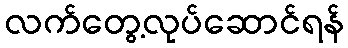
လက်တွေ့လုပ်ဆောင်ရန်